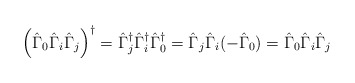
\begin{align*}\left(\hat{\Gamma}_0 \hat{\Gamma}_i \hat{\Gamma}_j \right)^{\dagger} = \hat{\Gamma}_j^{\dagger} \hat{\Gamma}_i^{\dagger} \hat{\Gamma}_0^{\dagger} = \hat{\Gamma}_j \hat{\Gamma}_i (-\hat{\Gamma}_0) = \hat{\Gamma}_0 \hat{\Gamma}_i \hat{\Gamma}_j\end{align*}